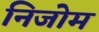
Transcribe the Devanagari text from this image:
निजोम